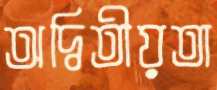
অদ্বিতীয়তা